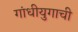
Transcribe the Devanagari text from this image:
गांधीयुगाची